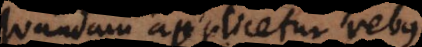
quandam applicetur rebus,